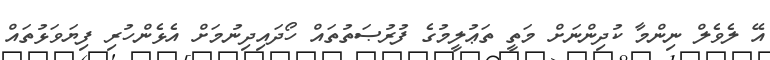
އޭ ލެވެލް ނިންމާ ކުދިންނަށް މަތީ ތަޢުލީމުގެ ފުރުޞަތުތައް ހޯދައިދިނުމަށް އެޅެންހުރި ފިޔަވަޅުތައް